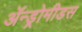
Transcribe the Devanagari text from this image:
ॲन्ड्रोमीडस